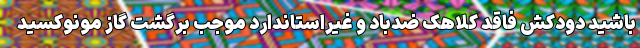
باشید دودکش فاقد کلاهک ضدباد و غیراستاندارد موجب برگشت گاز مونوکسید